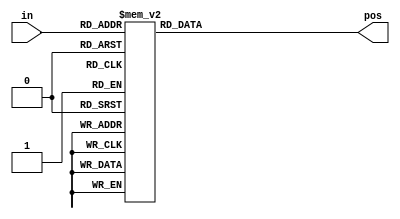
//
module top_module (
    input [3:0] in,
    output reg [1:0] pos  );

    always@(*) begin
    	case(in)
            4'b0000: pos = 2'd0;
            4'b0001, 4'b0011, 4'b0101, 4'b0111, 4'b1001, 4'b1011, 4'b1101, 4'b1111: pos = 2'd0;
            4'b0010, 4'b0110, 4'b1010, 4'b1110: pos = 2'd1;
            4'b0100, 4'b1100: pos = 2'd2;
            4'b1000: pos = 2'd3;
            
        endcase
    end
    
endmodule